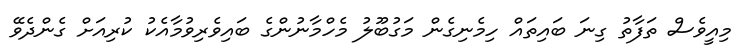
މިއީވެސް ތަފާތު ގިނަ ބައިތައް ހިމެނިގެން މަގުބޫލު މެހްމާނުންގެ ބައިވެރިވުމާއެކު ކުރިއަށް ގެންދެވޭ